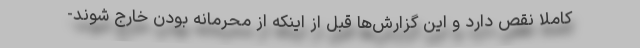
کاملاً نقص دارد و این گزارش‌ها قبل از اینکه از محرمانه بودن خارج شوند-